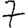
Digit: 7